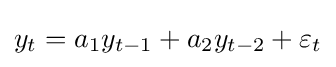
y_{t}=a_{1}y_{t-1}+a_{2}y_{t-2}+\varepsilon _{t}